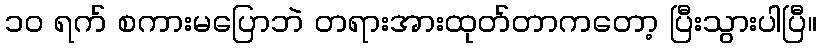
၁၀ ရက် စကားမပြောဘဲ တရားအားထုတ်တာကတော့ ပြီးသွားပါပြီ။